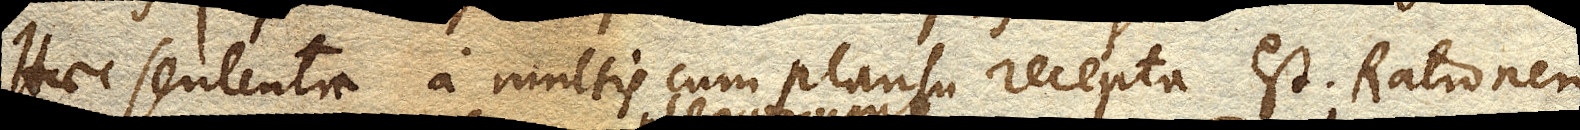
Haec sententia a multis cum plausu recepta est. Rationem